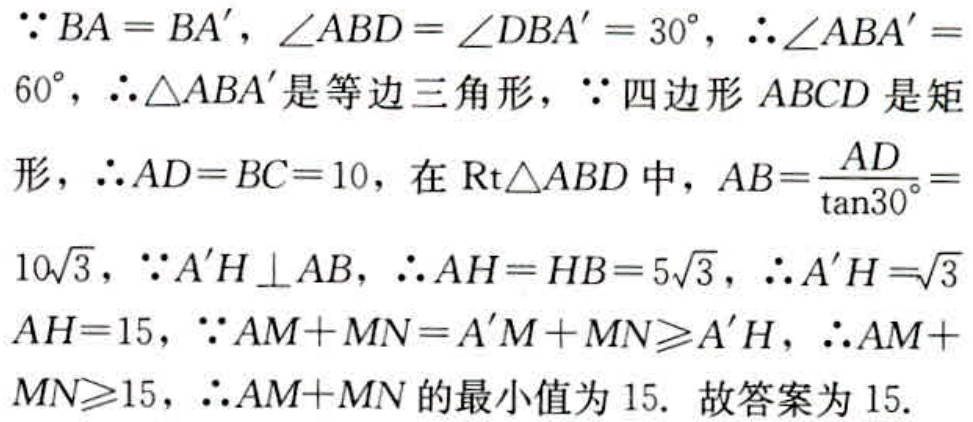
\(\because BA = BA', \angle ABD = \angle DBA' = 30^{\circ}, \therefore \angle ABA' = 60^{\circ}, \therefore \triangle ABA'\)是等边三角形，\(\because\)四边形\(ABCD\)是矩形，\(\therefore AD = BC = 10\)，在\(\text{Rt}\triangle ABD\)中，\(AB = \frac{AD}{\tan30^{\circ}} = 10\sqrt{3}\)，\(\because A'H \perp AB, \therefore AH = HB = 5\sqrt{3}, \therefore A'H = \sqrt{3}AH = 15\)，\(\because AM + MN = A'M + MN \geq A'H, \therefore AM + MN \geq 15, \therefore AM + MN\)的最小值为\(15\). 故答案为\(15\).